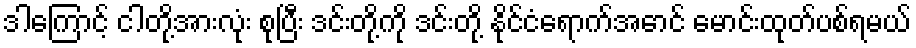
ဒါကြောင့် ငါတို့အားလုံး စုပြီး ဒင်းတို့ကို ဒင်းတို့ နိုင်ငံရောက်အောင် မောင်းထုတ်ပစ်ရမယ်